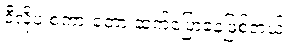
ဒီလိုပဲ စကားတော့ ဆက်ပြောနေဖြစ်တယ်။